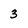
Character: 3